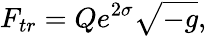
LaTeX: F_{tr}=Qe^{2\sigma}\sqrt{-g},